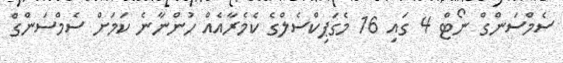
ސެމްސަންގް ނޯޓް 4 ގައި 16 މެގަޕިކްސެލްގެ ކެމެރާއެއް ހުންނާނެ ކަމަށް ސެމްސަންގް